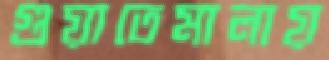
গুয়াতেমালায়